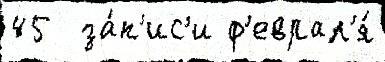
45  за́п'ис'и ф'еврал'я́